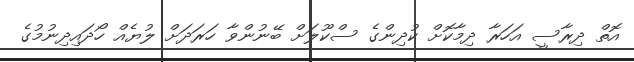
އޮތް ދިރާސީ އަހަރާ ދިމާކޮށް ކުދިންގެ ސްކޫލަށް ބޭނުންވާ ހަރަދަށް ލުޔެއް ހޯދައިދިނުމުގެ